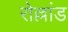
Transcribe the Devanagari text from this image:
रोल्लांड